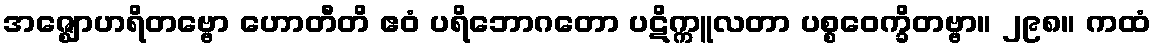
အဇ္ဈောဟရိတဗ္ဗော ဟောတီတိ ဧဝံ ပရိဘောဂတော ပဋိက္ကူလတာ ပစ္စဝေက္ခိတဗ္ဗာ။ ၂၉၈။ ကထံ